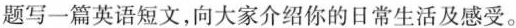
题写一篇英语短文，向大家介绍你的日常生活及感受。